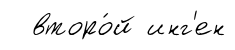
второ́й инг'ен